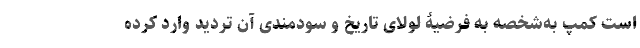
است کِمپ به‌شخصه به فرضیۀ لولای تاریخ و سودمندی آن تردید وارد کرده